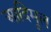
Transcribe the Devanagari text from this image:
आदिमूल